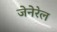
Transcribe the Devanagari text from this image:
जेनेरेल